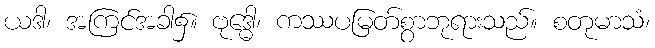
ယဒါ၊ အကြင်အခါ၌။ ဗုဒ္ဓေါ၊ ကဿပမြတ်စွာဘုရားသည်။ စတုမာသံ၊